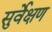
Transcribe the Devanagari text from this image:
सुर्वेक्षण